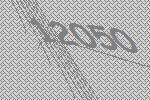
12050